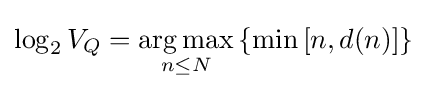
\log _{2}V_{Q}={\underset {n\leq N}{\operatorname {arg\,max} }}\left\{\min \left[n,d(n)\right]\right\}